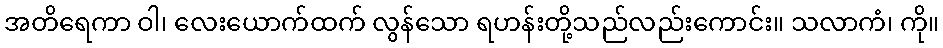
အတိရေကာ ဝါ၊ လေးယောက်ထက် လွန်သော ရဟန်းတို့သည်လည်းကောင်း။ သလာကံ၊ ကို။